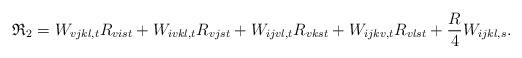
LaTeX: \begin{align*}\mathfrak{R}_2 = W_{vjkl, t}R_{vist}+W_{ivkl, t}R_{vjst}+W_{ijvl, t}R_{vkst}+W_{ijkv, t}R_{vlst}+\frac{R}{4}W_{ijkl, s}.\end{align*}